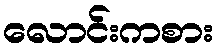
လောင်းကစား